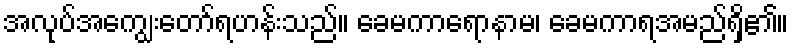
အလုပ်အကျွေးတော်ရဟန်းသည်။ ခေမကာရောနာမ၊ ခေမကာရအမည်ရှိ၏။